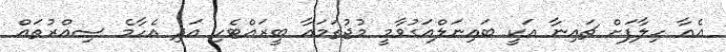
އެއާ ހިލާފަށް ޗައިނާ އަކީ ބައިނަލްއަގުވާމީ މުޖުތަމައާ ބީރައްޓެހި އަދި އެހާމެ ސިއްރުތައް